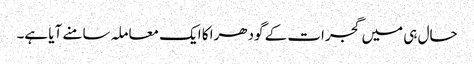
حال ہی میں گجرات کے گودھرا کا ایک معاملہ سامنے آیا ہے۔